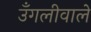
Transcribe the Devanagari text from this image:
उँगलीवाले